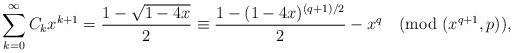
LaTeX: \begin{align*}\sum_{k=0}^\infty C_kx^{k+1}=\frac{1-\sqrt{1-4x}}{2}\equiv\frac{1-(1-4x)^{(q+1)/2}}{2}-x^q\pmod{(x^{q+1},p)},\end{align*}